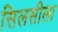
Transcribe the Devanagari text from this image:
सिलसीला